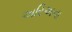
અરિઅના